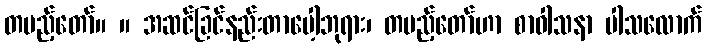
တပည့်တော်။ ။ အဆင်ခြင်နည်းတာပေါ့ဘုရား၊ တပည့်တော်ဟာ စာဝါသနာ ပါသလောက်